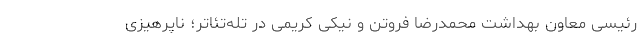
رئیسی معاون بهداشت محمدرضا فروتن و نیکی کریمی در تله‌تئاتر؛ ناپرهیزی